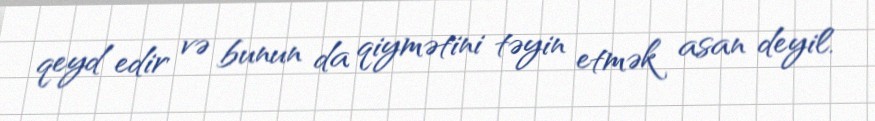
qeyd edir və bunun da qiymətini təyin etmək asan deyil.